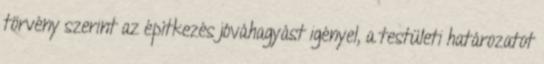
törvény szerint az építkezés jóváhagyást igényel, a testületi határozatot